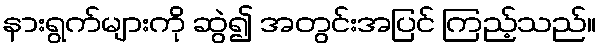
နားရွက်များကို ဆွဲ၍ အတွင်းအပြင် ကြည့်သည်။